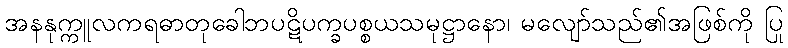
အနနုက္ကူလကရဓာတုခေါဘပဋိပက္ခပစ္စယသမုဋ္ဌာနော၊ မလျော်သည်၏အဖြစ်ကို ပြု